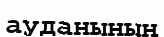
ауданының